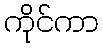
ကိုင်ကာ